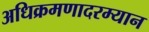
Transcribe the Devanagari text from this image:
अधिक्रमणादरम्यान